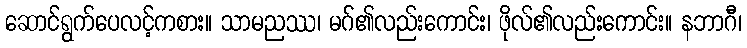
ဆောင်ရွက်ပေလင့်ကစား။ သာမညဿ၊ မဂ်၏လည်းကောင်း၊ ဖိုလ်၏လည်းကောင်း။ နဘာဂီ၊